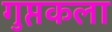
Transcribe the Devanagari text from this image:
गुप्तकला